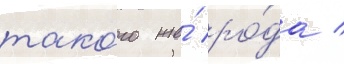
тако́го же́ ро́да /